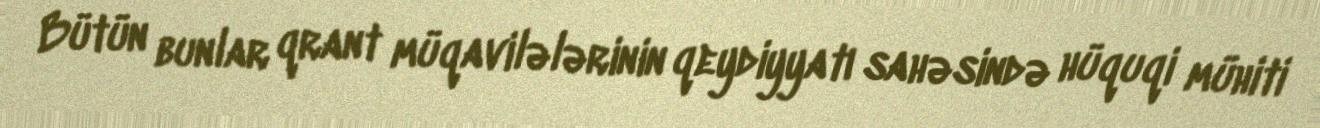
Bütün bunlar qrant müqavilələrinin qeydiyyatı sahəsində hüquqi mühiti